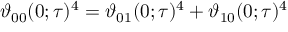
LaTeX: \vartheta _ { 0 0 } ( 0 ; \tau ) ^ { 4 } = \vartheta _ { 0 1 } ( 0 ; \tau ) ^ { 4 } + \vartheta _ { 1 0 } ( 0 ; \tau ) ^ { 4 }